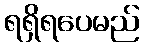
ရရှိရပေမည်